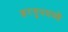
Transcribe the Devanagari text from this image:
इरगुनमध्ये